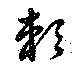
頼